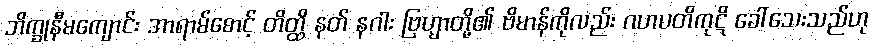
ဘိက္ခုနီမကျောင်း အာရာမ်စောင့် တိတ္ထိ နတ် နဂါး ဗြဟ္မာတို့၏ ဗိမာန်ကိုလည်း ဂဟပတိကုဋိ ခေါ်သေးသည်ဟု